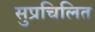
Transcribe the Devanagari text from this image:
सुप्रचिलित